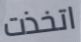
اتخذت